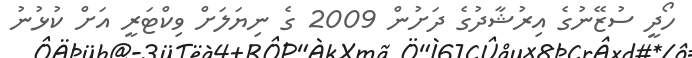
ހޯދީ ސުޒޭނުގެ އިރުޝާދުގެ ދަށުން 2009 ގެ ނިޔަލަށް ވިކްޓަރީ އަށް ކުޅުނު